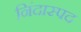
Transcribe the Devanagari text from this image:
निंदास्पद